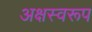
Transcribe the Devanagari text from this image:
अक्षस्वरूप